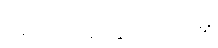
အကာအကွယ်ပေးမှု